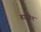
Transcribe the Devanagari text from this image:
बारगेन